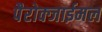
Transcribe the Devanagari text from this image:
पैरोक्जाईमल